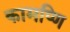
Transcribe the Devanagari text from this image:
कामप्णि